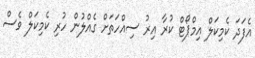
އެފަދަ ކެމިކަލް އިމްޕޯޓް ކުރާ އިރު ސިއްހަތަށް ގެއްލުން ހުރި ކެމިކަލް ވެސް